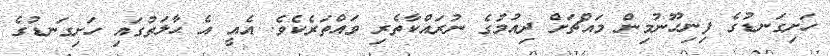
ހަށިގަނޑުގެ ފިނިހޫނުމިން މައްޗަށް ދިއުމުގެ ނުރައްކާތެރި ވައްތަރެކެވެ. އެއީ އެ ޙާލަތުގައި ހަށިގަނޑުގެ